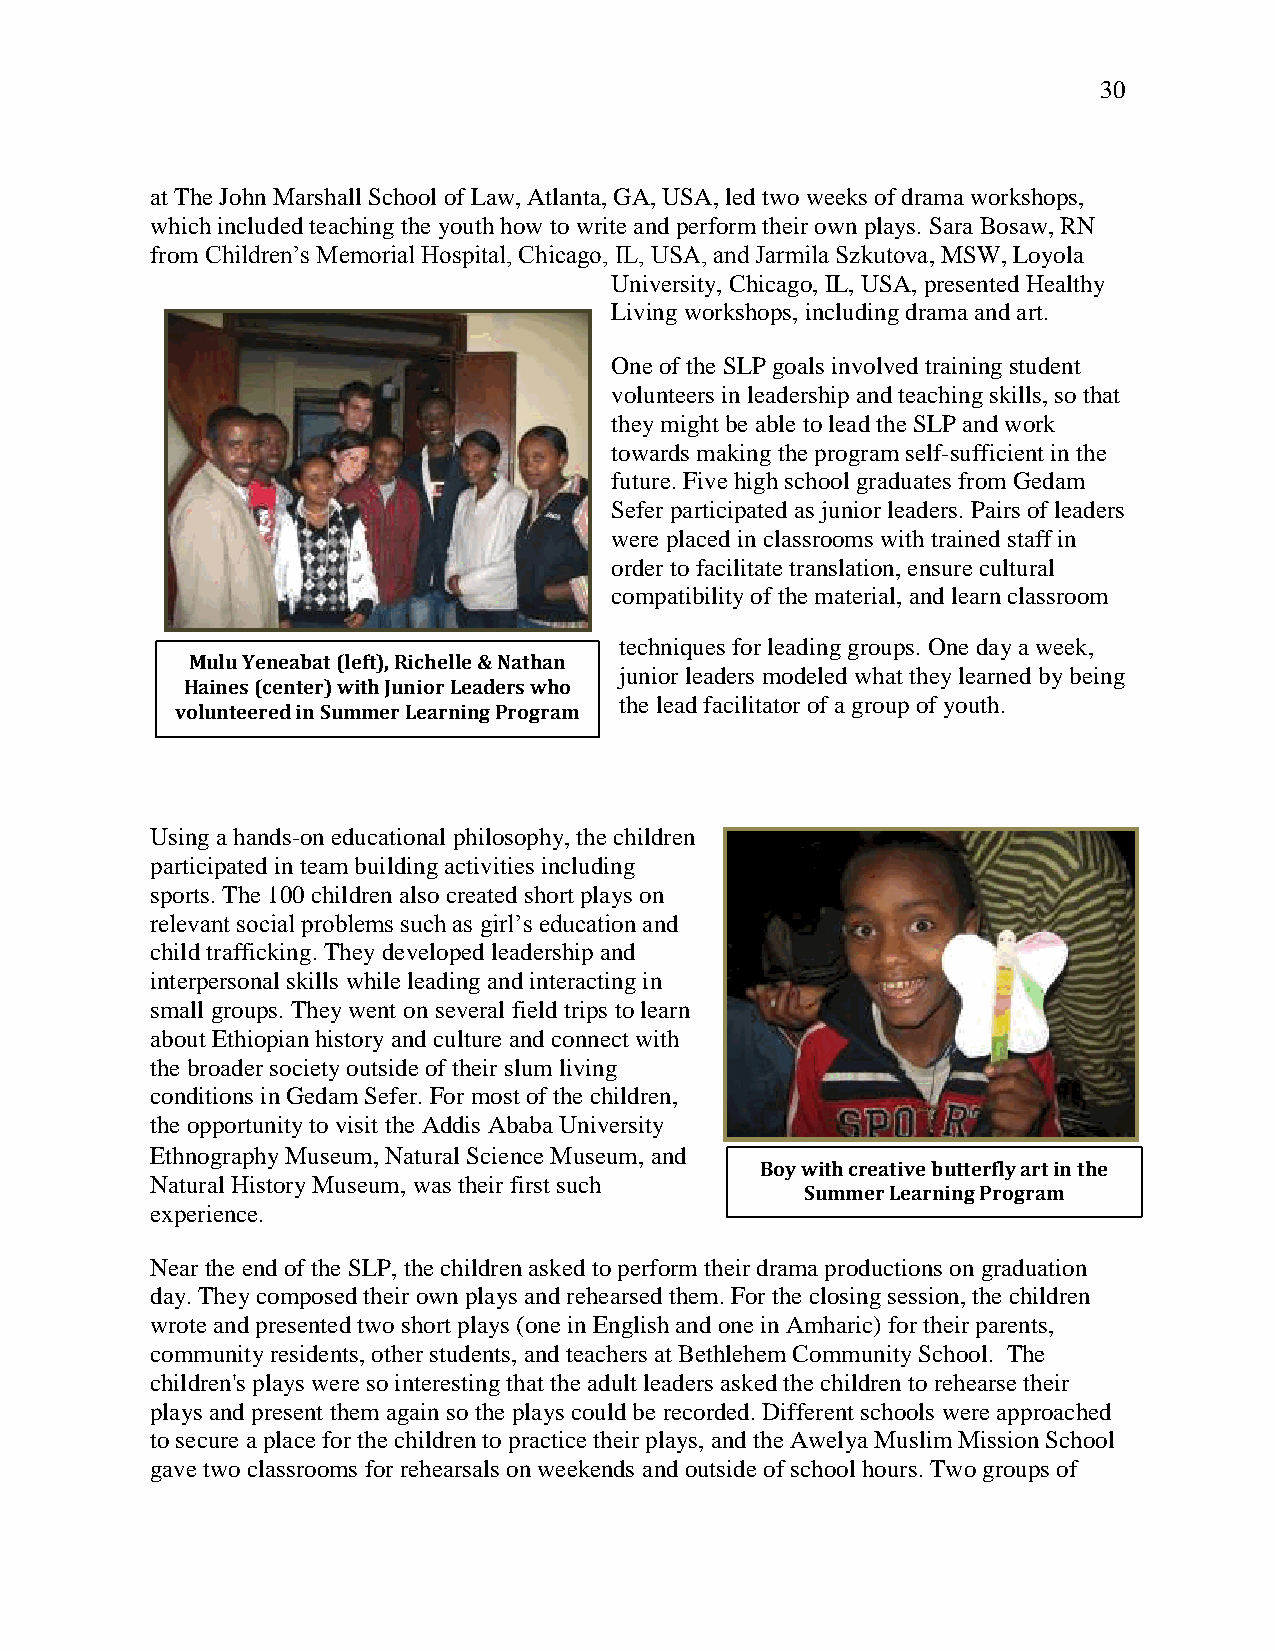
30
 at The John Marshall School of Law, Atlanta, GA, USA, led two weeks of drama workshops,
 which included teaching the youth how to write and perform their own plays. Sara Bosaw, RN
 from Children‘s Memorial Hospital, Chicago, IL, USA, and Jarmila Szkutova, MSW, Loyola
 University, Chicago, IL, USA, presented Healthy
 Living workshops, including drama and art.
 One of the SLP goals involved training student
 volunteers in leadership and teaching skills, so that
 they might be able to lead the SLP and work
 towards making the program self-sufficient in the
 future. Five high school graduates from Gedam
 Sefer participated as junior leaders. Pairs of leaders
 were placed in classrooms with trained staff in
 order to facilitate translation, ensure cultural
 compatibility of the material, and learn classroom
 techniques for leading groups. One day a week,
 Mulu Yeneabat (left), Richelle & Nathan
 junior leaders modeled what they learned by being
 Haines (center) with Junior Leaders who
 the lead facilitator of a group of youth.
 volunteered in Summer Learning Program
 Using a hands-on educational philosophy, the children
 participated in team building activities including
 sports. The 100 children also created short plays on
 relevant social problems such as girl‘s education and
 child trafficking. They developed leadership and
 interpersonal skills while leading and interacting in
 small groups. They went on several field trips to learn
 about Ethiopian history and culture and connect with
 the broader society outside of their slum living
 conditions in Gedam Sefer. For most of the children,
 the opportunity to visit the Addis Ababa University
 Ethnography Museum, Natural Science Museum, and
 Boy with creative butterfly art in the
 Natural History Museum, was their first such
 Summer Learning Program
 experience.
 Near the end of the SLP, the children asked to perform their drama productions on graduation
 day. They composed their own plays and rehearsed them. For the closing session, the children
 wrote and presented two short plays (one in English and one in Amharic) for their parents,
 community residents, other students, and teachers at Bethlehem Community School. The
 children's plays were so interesting that the adult leaders asked the children to rehearse their
 plays and present them again so the plays could be recorded. Different schools were approached
 to secure a place for the children to practice their plays, and the Awelya Muslim Mission School
 gave two classrooms for rehearsals on weekends and outside of school hours. Two groups of